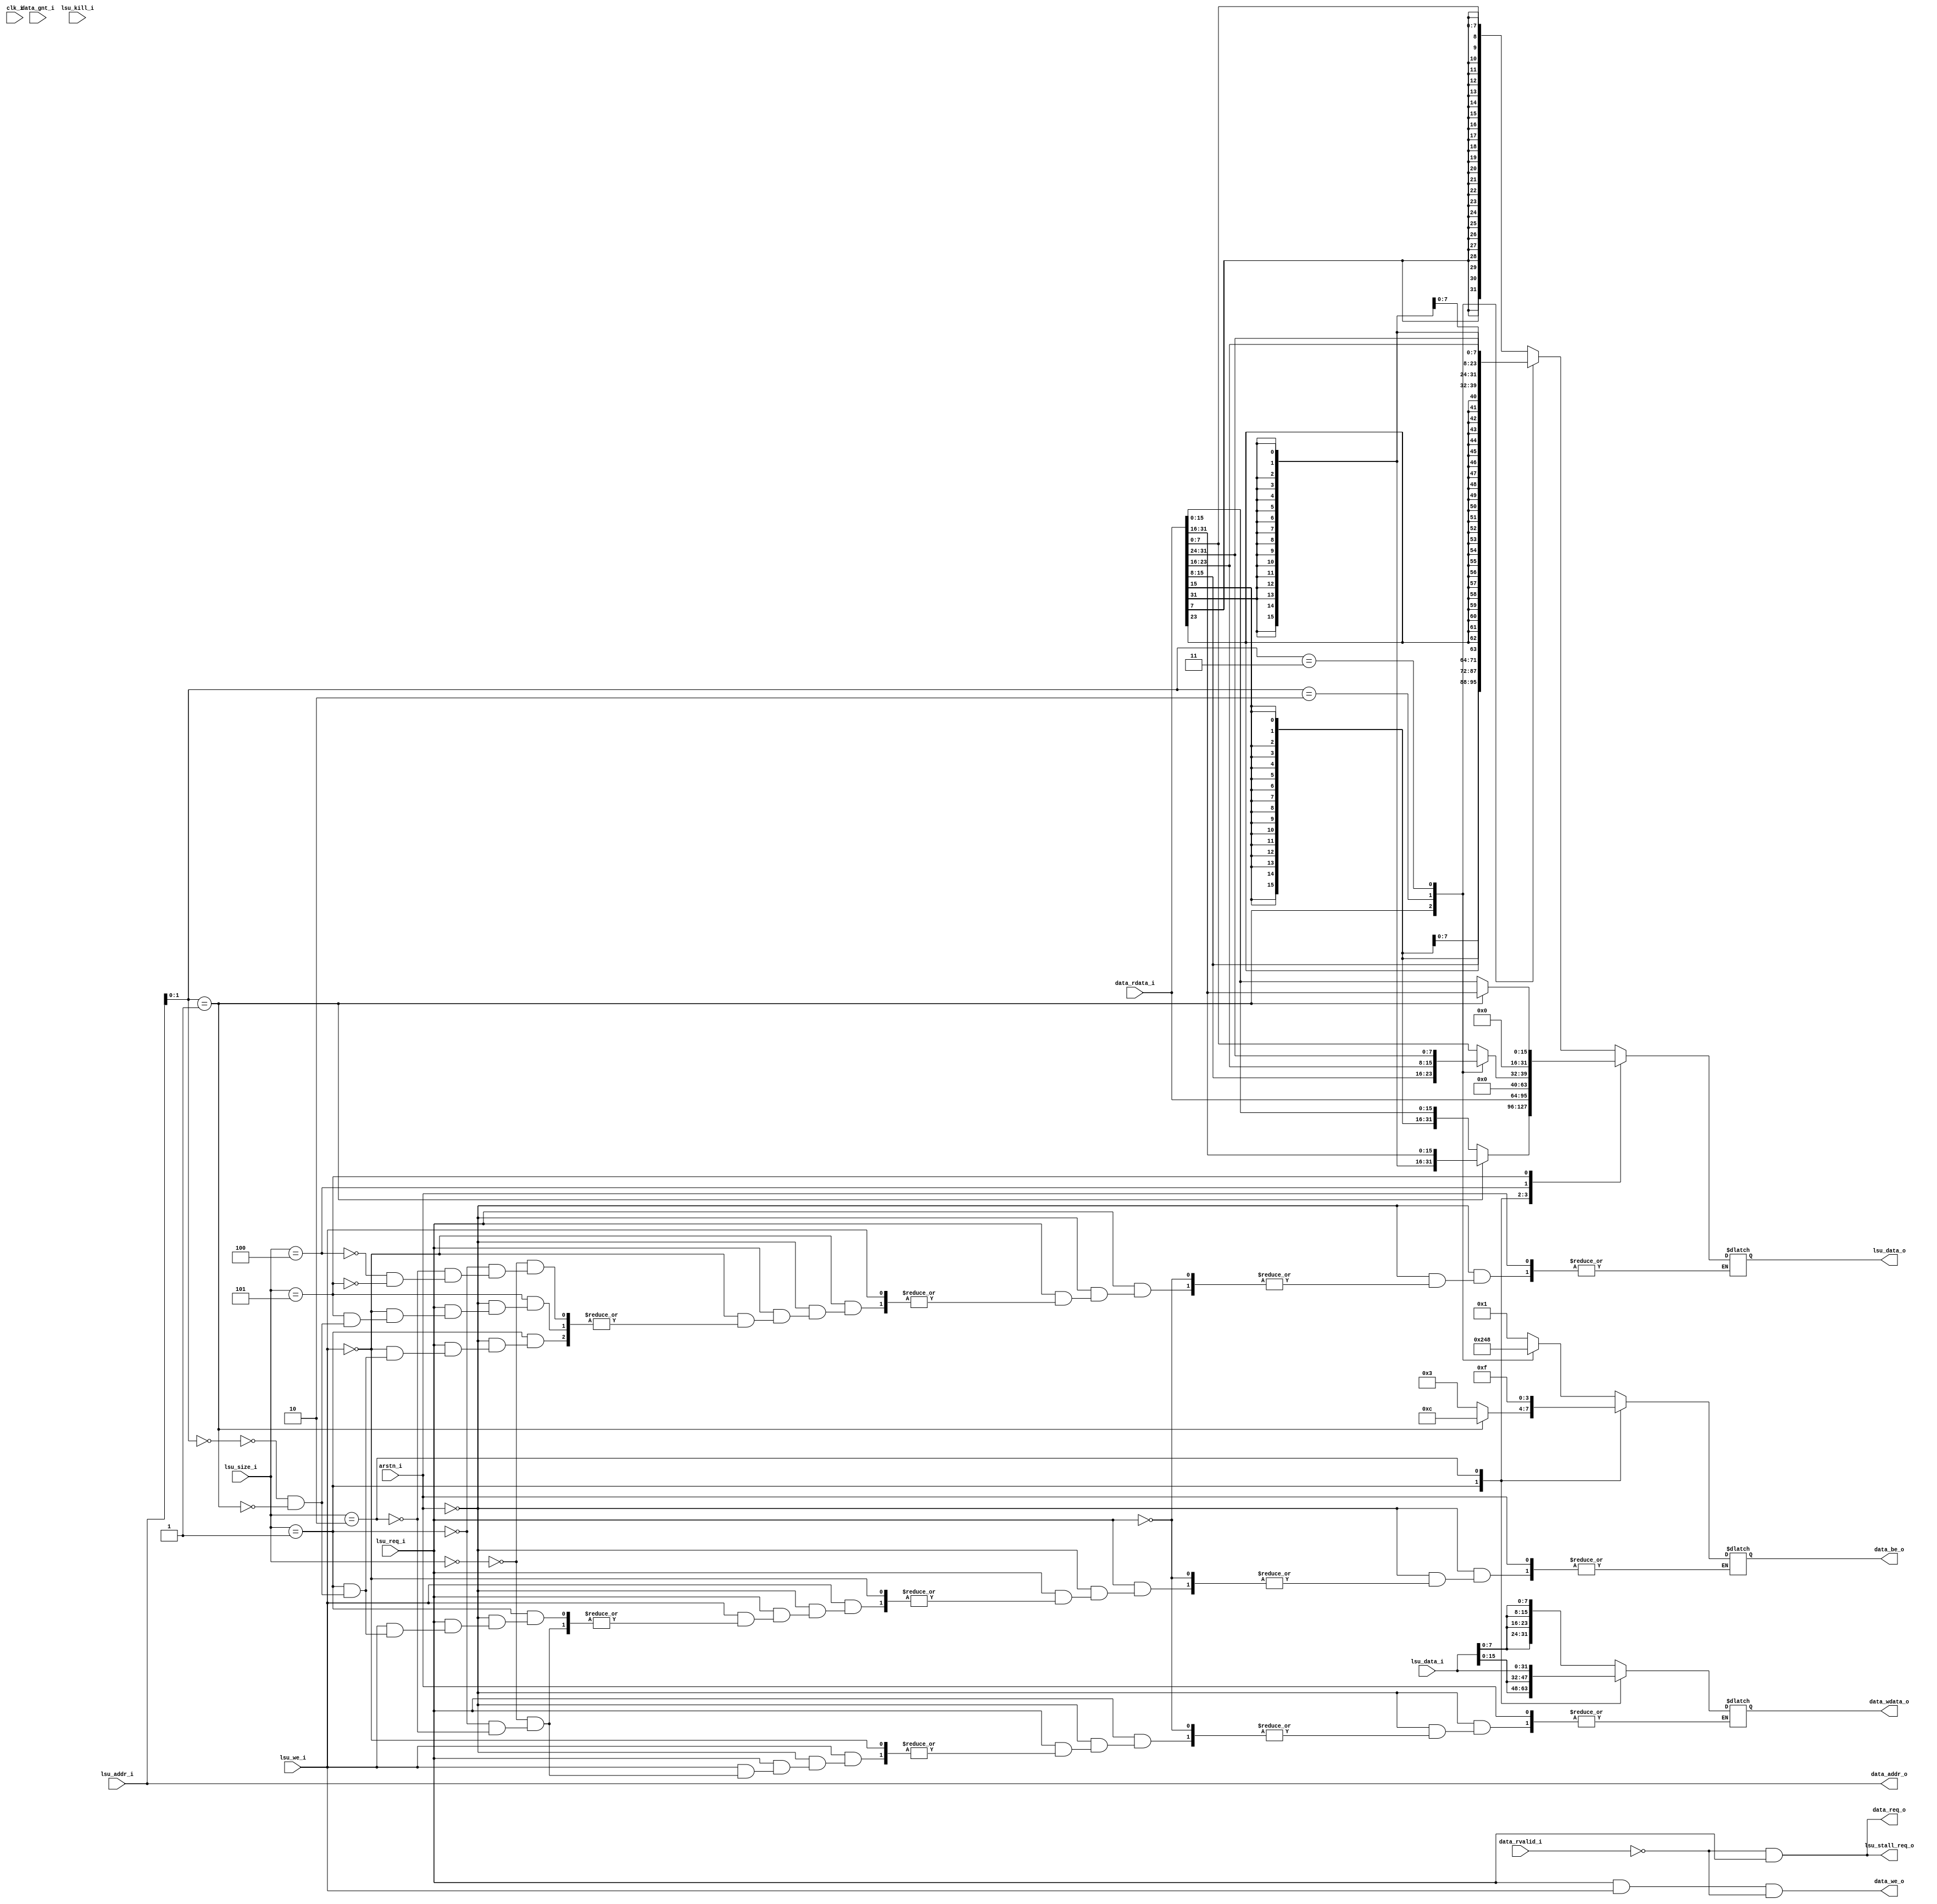
module miriscv_lsu
(
  // hards
  input           clk_i,              // clock
  input           arstn_i,            // reset

  // memory protocol
  input              data_gnt_i,           // Not need but (Signals that memory has started processing a request)
  input              data_rvalid_i,        // Reports the appearance of a response from memory for data_rdata_i and data_err_i
  input [31:0]       data_rdata_i,         // The signal contains data from the memory cell at the time of the request acceptance
  output             data_req_o,           // The signal informs the memory about the presence of a request.
  output             data_we_o,            // The signal informs the memory about the type of request
  output reg [3:0]   data_be_o,            // The signal is used to indicate the required bytes
  output     [31:0]  data_addr_o,          // Data address to write  (data_addr_ram)
  output reg [31:0]  data_wdata_o,         // Data to write (data_wdata_ram)

  // core protocol
  input [31:0]       lsu_addr_i,         // Address to read/write to Data memory
  input              lsu_we_i,           // Write enable control port for Data memory
  input [2:0]        lsu_size_i,         // Word size control port for Data memory
  input [31:0]       lsu_data_i,         // Data memory port
  input              lsu_req_i,          // Indicates that transaction happening
  input              lsu_kill_i,         // Not need
  output             lsu_stall_req_o,    // Stop program_counter
  output reg [31:0]  lsu_data_o          // Data memory port
);

assign data_addr_o = lsu_addr_i;
assign lsu_stall_req_o = (!data_rvalid_i && lsu_req_i);

assign data_req_o = lsu_req_i && !data_rvalid_i;
assign data_we_o = lsu_req_i && lsu_we_i && !data_rvalid_i;


always @ ( * ) begin

if (!arstn_i) begin

  if (lsu_req_i)
  begin

    if (lsu_we_i) begin
    /* --- Write (STORE) mode --- */


      case (lsu_size_i)

        // sign 8-bit value
        3'b000://LDST_B:
        begin
          data_wdata_o = { 4 { lsu_data_i[7:0] } };

          case (lsu_addr_i[1:0])
            // first bite
            2'b00: data_be_o = 4'b0001;
            // second bite
            2'b01: data_be_o = 4'b0010;
            // third bite
            2'b10: data_be_o = 4'b0100;
            // fourth bite
            2'b11: data_be_o = 4'b1000;
            // // Other
            // default: data_be_o = 4'b1111;
          endcase
        end



        // sign 16-bit value
        3'b001://LDST_H:
        begin
        data_wdata_o = { 2 { lsu_data_i[15:0] } };

        case (lsu_addr_i[1:0])
          // first bite
          2'b00: data_be_o = 4'b0011;
          // second bite
          2'b01: data_be_o = 4'b1100;
        endcase
        end

        // sign 32-bit value
        3'b010://LDST_W:
        begin
          data_wdata_o = lsu_data_i[31:0];
          data_be_o = 4'b1111;
        end

      endcase

    end
    else begin
    /* --- Read (LOAD) mode --- */

      case (lsu_size_i)
        // sign 8-bit value
        3'b000://LDST_B:
        begin
        case (lsu_addr_i[1:0])
          2'b00: lsu_data_o = { { 24 { data_rdata_i[7] } }, data_rdata_i[7:0] };
          2'b01: lsu_data_o = { { 24 { data_rdata_i[15] } }, data_rdata_i[15:8] };
          2'b10: lsu_data_o = { { 24 { data_rdata_i[23] } }, data_rdata_i[23:16] };
          2'b11: lsu_data_o = { { 24 { data_rdata_i[31] } }, data_rdata_i[31:24] };
        endcase
        end

        // sign 16-bit value
        3'b001://LDST_H:
        begin
        case (lsu_addr_i[1:0])
          2'b00: lsu_data_o = { { 16 { data_rdata_i[15] } }, data_rdata_i[15:0] };
          2'b01: lsu_data_o = { { 16 { data_rdata_i[31] } }, data_rdata_i[31:16] };
        endcase
        end

        // sign 32-bit value
        3'b010://LDST_W:
        lsu_data_o = data_rdata_i[31:0];

        // unsign 8-bit value
        3'b100://LDST_BU:
        begin
        case (lsu_addr_i[1:0])
          2'b00: lsu_data_o = { 24'b0, data_rdata_i[7:0] };
          2'b01: lsu_data_o = { 24'b0, data_rdata_i[15:8] };
          2'b10: lsu_data_o = { 24'b0, data_rdata_i[23:16] };
          2'b11: lsu_data_o = { 24'b0, data_rdata_i[31:24] };
        endcase
        end

        // unsign 16-bit value
        3'b101://LDST_HU:
        begin
        case (lsu_addr_i[1:0])
          2'b00: lsu_data_o = { 16'b0, data_rdata_i[15:0] };
          2'b01: lsu_data_o = { 16'b0, data_rdata_i[31:16] };
        endcase
        end

      endcase

    end
  end


end

end


endmodule